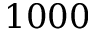
1 0 0 0